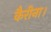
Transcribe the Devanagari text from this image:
कैरीना।